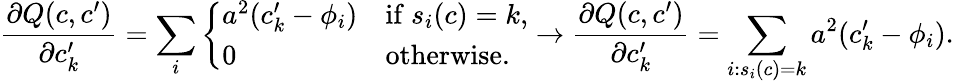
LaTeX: \frac{\partial Q(c,c^{\prime})}{\partial c_{k}^{\prime}}=\sum_{i}\left\{ \begin{array}{ll}{a^{2}(c_{k}^{\prime}-\phi_{i})}&{\mathrm{if~}s_{i}(c)=k,}\\ {0}&{\mathrm{otherwise.}}\end{array}\right.\rightarrow\frac{\partial Q(c,c^{\prime})}{\partial c_{k}^{\prime}}=\sum_{i:s_{i}(c)=k}a^{2}(c_{k}^{\prime}-\phi_{i}).